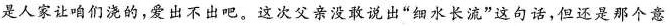
是人家让咱们浇的，爱出不出吧，这次父亲没敢说出”细水长流”这句话，但还是那个意